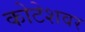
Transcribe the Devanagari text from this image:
कोटेशवर